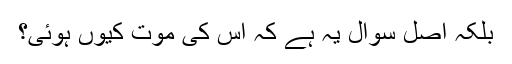
بلکہ اصل سوال یہ ہے کہ اس کی موت کیوں ہوئی؟